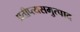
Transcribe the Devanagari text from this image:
प्रतीप्त्यसमुत्पाद